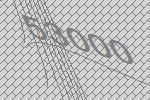
53000